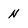
Character: n